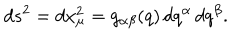
d s ^ { 2 } = d x _ { \mu } ^ { 2 } = g _ { \alpha \beta } ( q ) \, d q ^ { \alpha } \, d q ^ { \beta } .